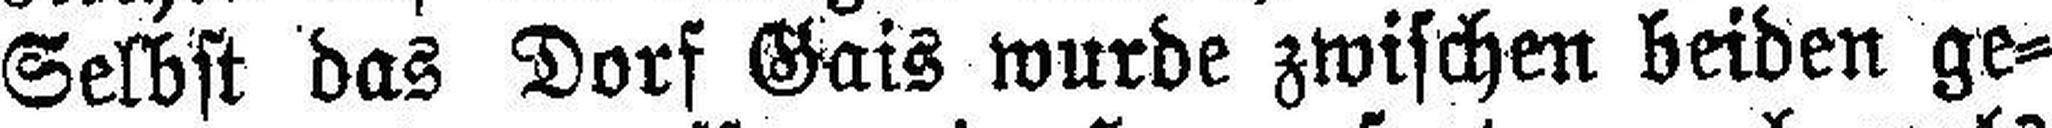
Selbst das Dorf Gais wurde zwischen beiden ge¬